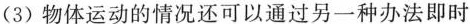
(3)物体运动的情况还可以通过另一种办法即时